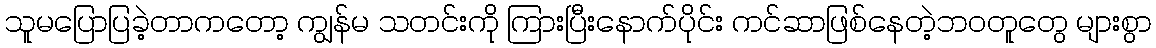
သူမပြောပြခဲ့တာကတော့ ကျွန်မ သတင်းကို ကြားပြီးနောက်ပိုင်း ကင်ဆာဖြစ်နေတဲ့ဘဝတူတွေ များစွာ